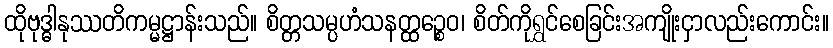
ထိုဗုဒ္ဓါနုဿတိကမ္မဋ္ဌာန်းသည်။ စိတ္တသမ္ပဟံသနတ္ထဉ္စေဝ၊ စိတ်ကိုရွှင်စေခြင်းအကျိုးငှာလည်းကောင်း။